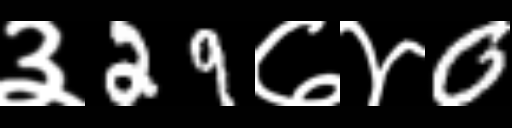
Text: ३29७४0